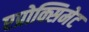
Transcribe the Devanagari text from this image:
एप्रोक्सिमेट